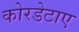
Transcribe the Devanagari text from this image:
कोरडेटाए